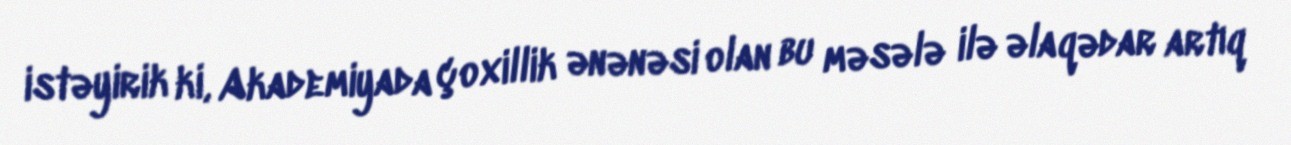
istəyirik ki, Akademiyada çoxillik ənənəsi olan bu məsələ ilə əlaqədar artıq